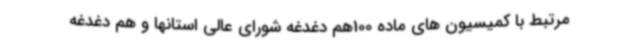
مرتبط با کمیسیون های ماده 100هم دغدغه شورای عالی استانها و هم دغدغه